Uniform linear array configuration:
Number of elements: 4
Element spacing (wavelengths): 0.75
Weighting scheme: blackman
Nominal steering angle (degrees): -60
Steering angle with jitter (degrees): -61.476
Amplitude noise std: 0.05
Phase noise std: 0.05

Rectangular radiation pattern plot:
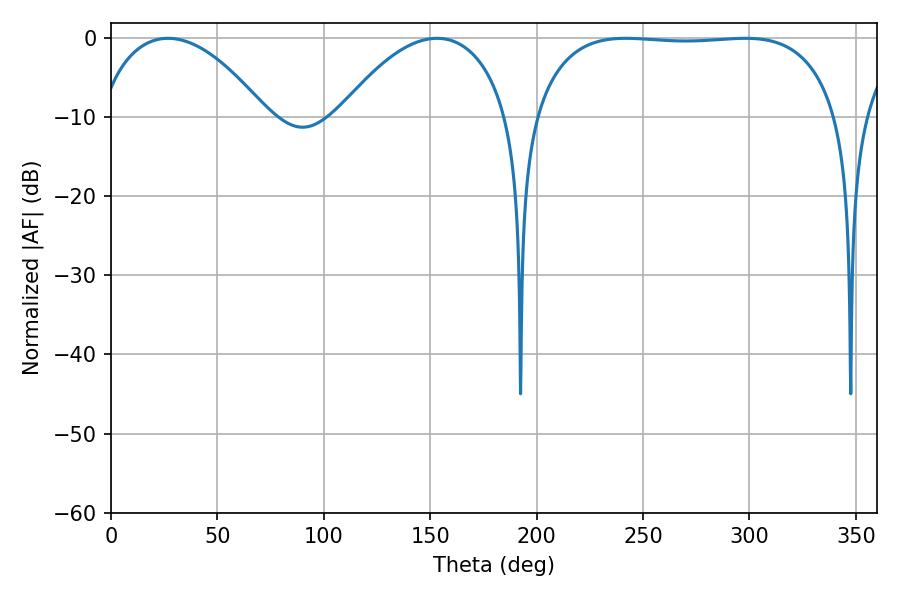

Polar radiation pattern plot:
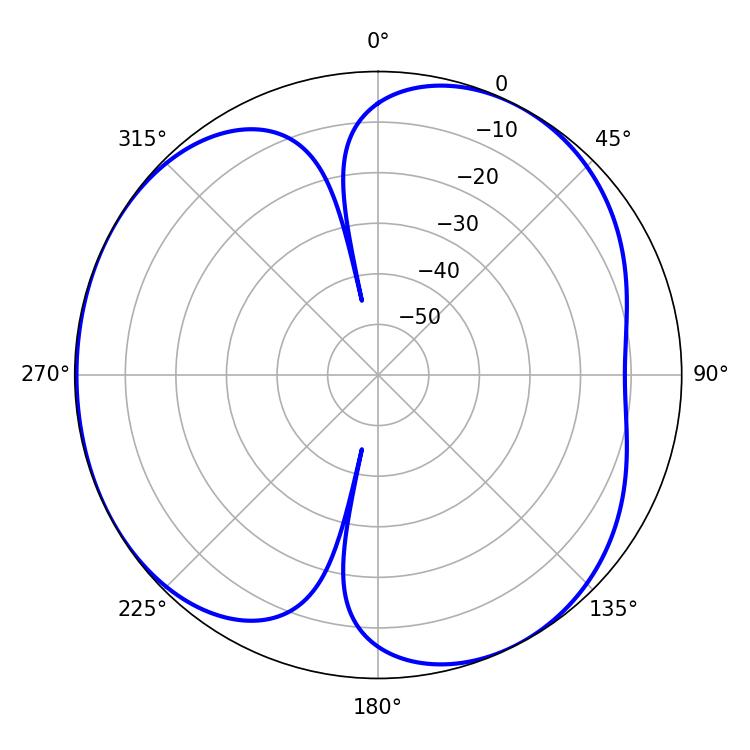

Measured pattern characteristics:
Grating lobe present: TRUE
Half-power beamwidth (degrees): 113.4
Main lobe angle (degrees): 241.92